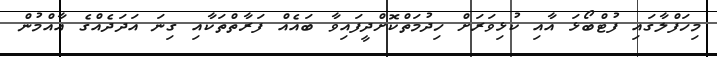
މިހަފްލާގައި ފުޓްބޯޅަ އާއި ކުޅިވަރަށް ހިދުމަތްކޮށްދީފައިވާ ބައެއް ފަރާތްތަކާއި ގިނަ އަދަދެއްގެ އާއްމުން